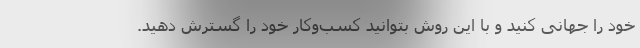
خود را جهانی کنید و با این روش بتوانید کسب‌وکار خود را گسترش دهید.